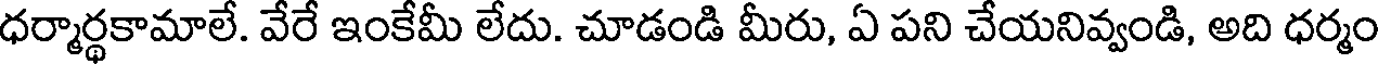
ధర్మార్థకామాలే. వేరే ఇంకేమీ లేదు. చూడండి మీరు, ఏ పని చేయనివ్వండి, అది ధర్మం